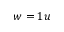
w = 1 u